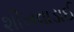
શીખવાડાઈ